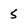
Character: 5